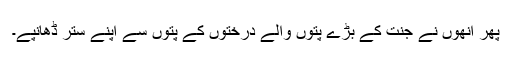
پھر انھوں نے جنت کے بڑے پتوں والے درختوں کے پتوں سے اپنے ستر ڈھانپے۔